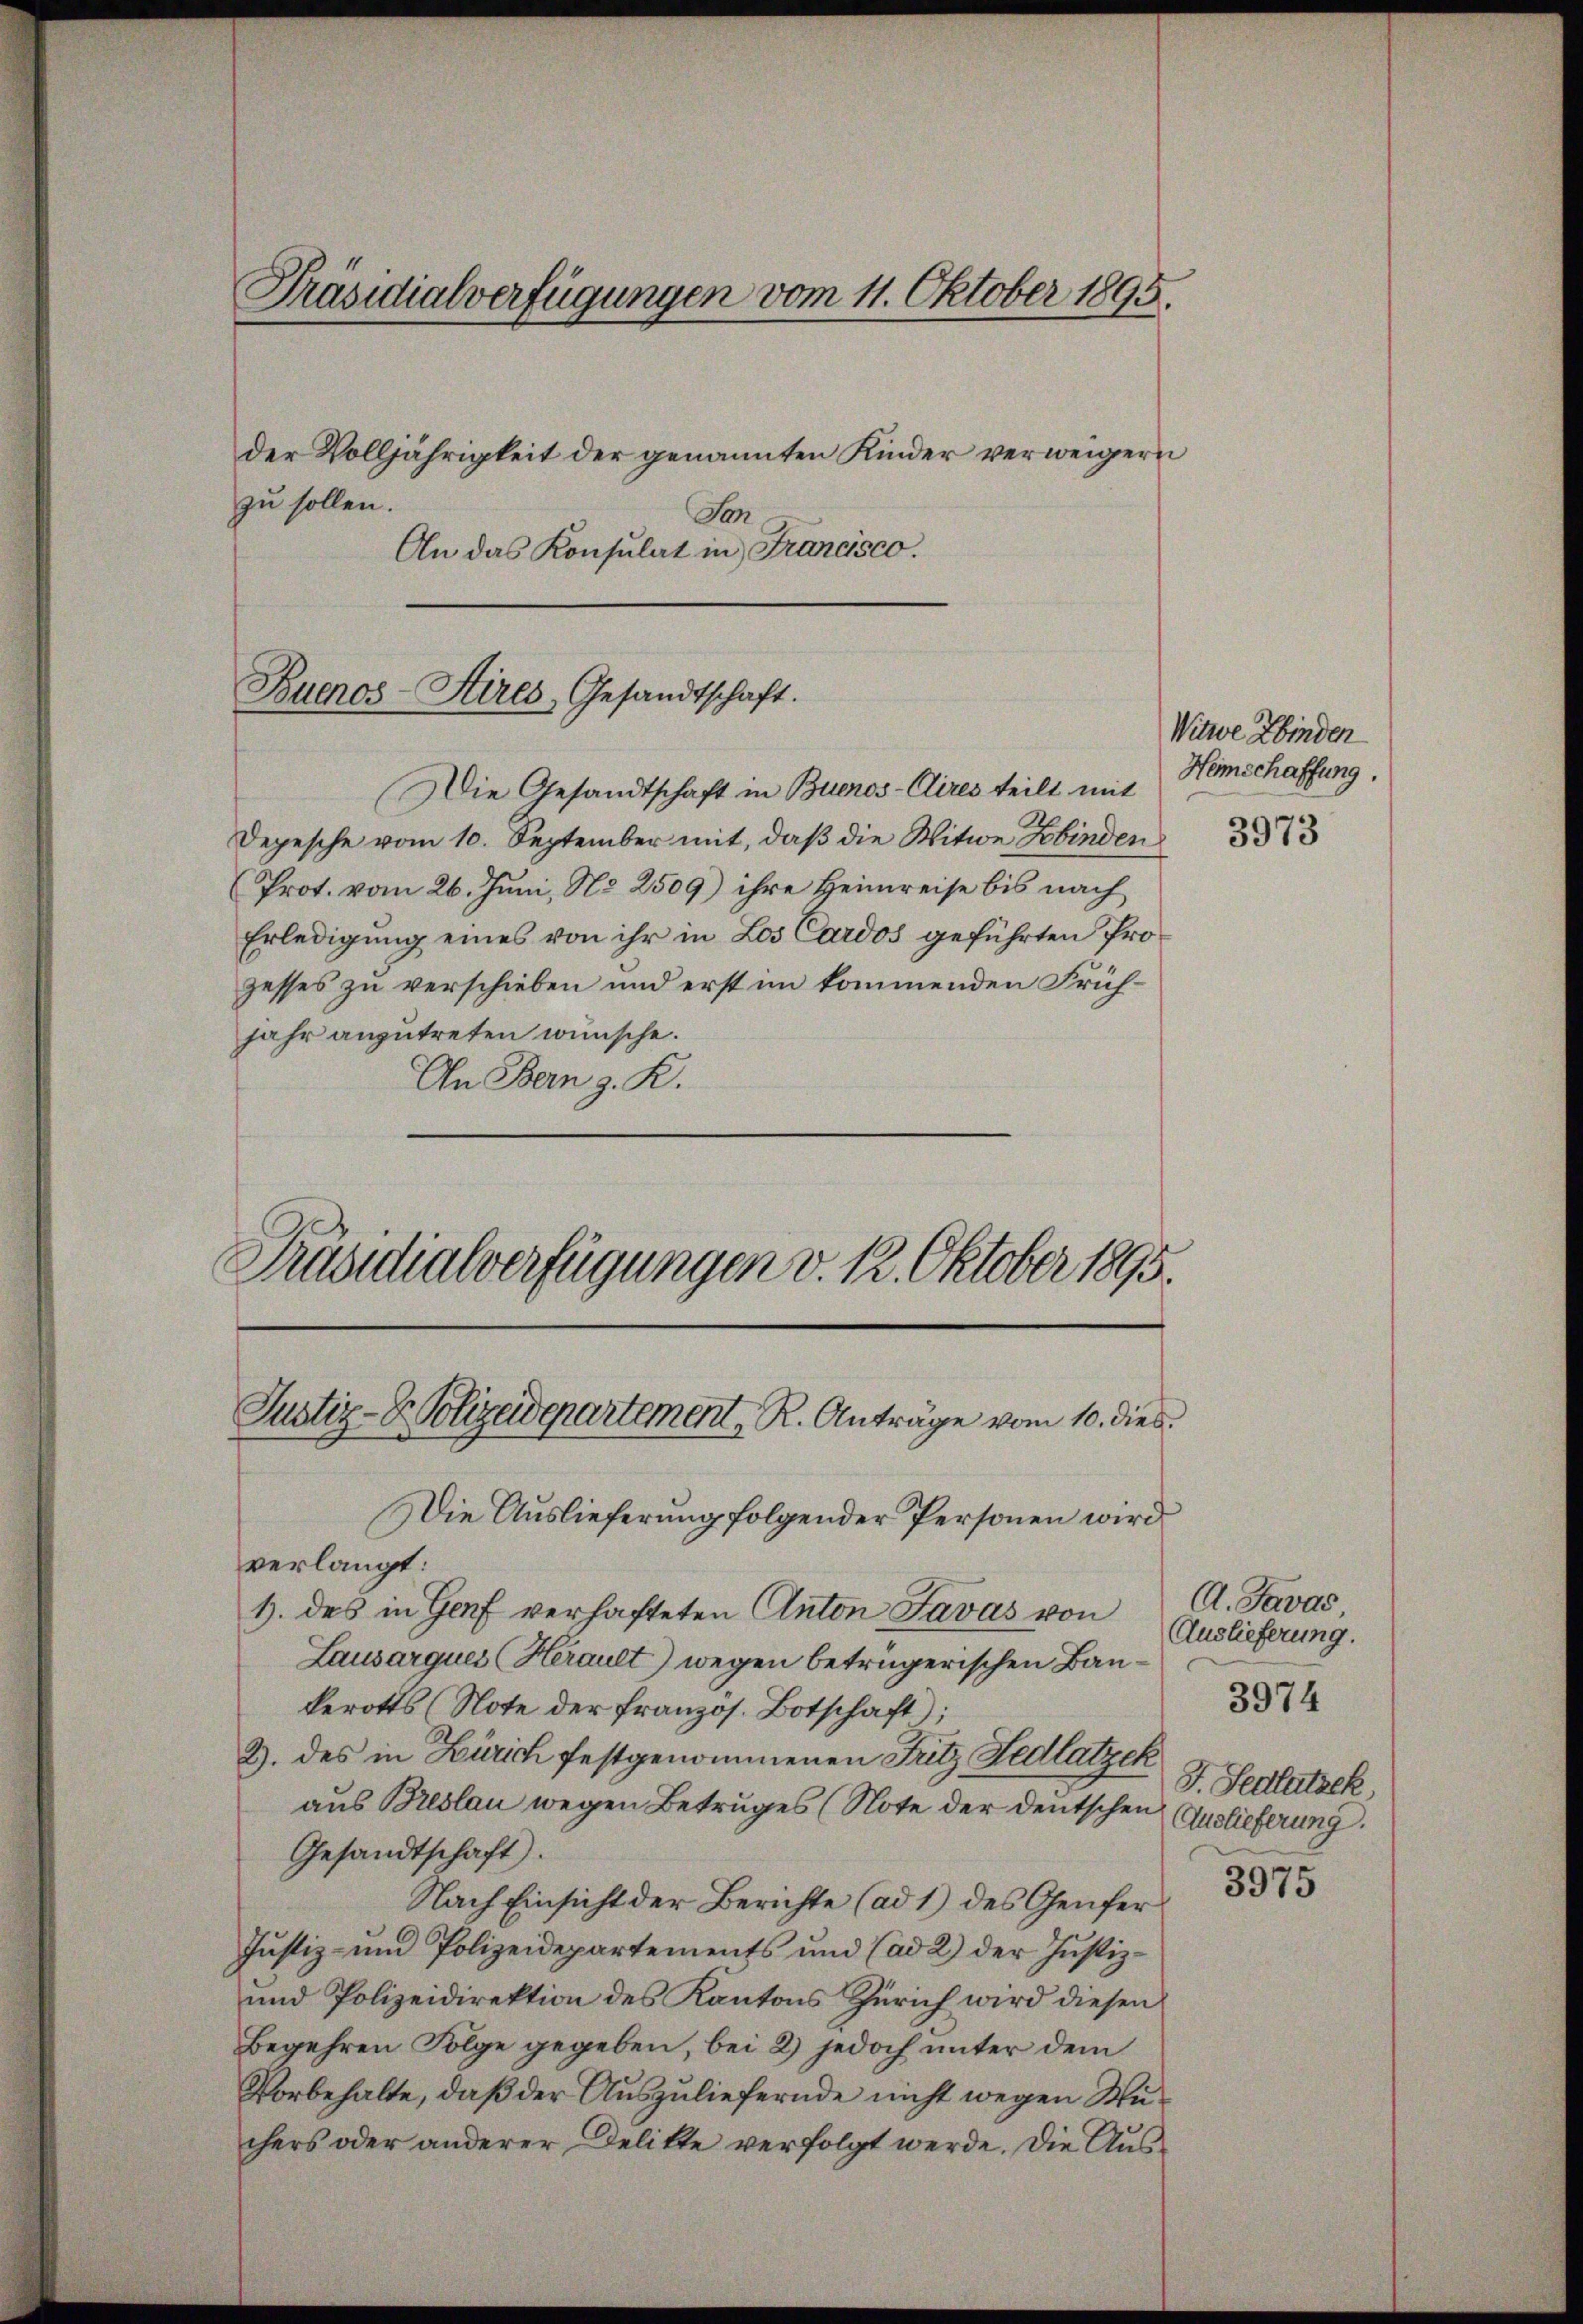
Präsidialverfügungen vom 11. Oktober 1895.

der Volljährigkeit der genannten Kinder verweigern
Son
An das Konsulat in Francisco.
Die Gesandtschaft in Buenos-Cires teilt mit
Depesche vom 10. September mit, daß die Witwe Bbinden
Prot. vom 26. Juni, No 2509) ihre Heimreise bis nach
Erledigung eines von ihr in Los Cardos geführten Prozesses zu verschieben und erst im kommenden Frühjahr anzutreten wünsche.
An Bern z. R.
Präsidialverfügungen v. 12. Oktober 1895.
Justiz- & Polizeidepartement, R. Anträge vom 10. dies
Die Auslieferung folgender Personen wird
verlangt:
1. des in Genf verhafteten Anton Javas von A. Javas
Lausarques (Herault) wegen betrügerischen Baukerotts (Note der französ. Botschaft);
2. des in Zürich festgenommenen Fritz Fedlatzek
aus Breslau wegen Betruges (Note der deutschen
Gesandtschaft).
Nach Einsicht der Berichte (ad 1) des Genfer
Justiz- und Polizeidepartements und (ad 2) der Justiz-
und Polizeidirektion des Kantons Zürich wird diesen
Begehren Folge gegeben, bei 2) jedoch unter dem
Vorbehalte, daß der Auszuliefernde nicht wegen Wüchers oder anderer Delikte verfolgt werde. Die Aus¬

zu sollen.

Buenos-Sires Gesandtschaft.

Witwe Kinder
Heimschaffung.

3973

Auslieferung.
J. Sedutzek,
Auslieferung.

3974

3975